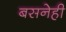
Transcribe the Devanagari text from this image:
बसनेही